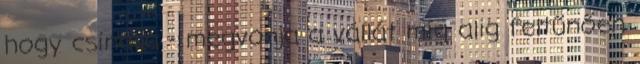
hogy csinálja - megvonja a vállát míg alig feltűnően